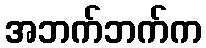
အဘက်ဘက်က